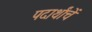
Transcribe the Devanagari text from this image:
पदार्थांचें